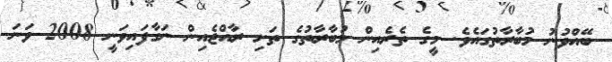
ބޭއްވުނު މުބާރާތުގައެވެ. މީގެ ތެރެއިން މުބާރާތުގެ ތަށި ރާއްޖެއިން ނަގާފައިވަނީ 2008 ވަނަ